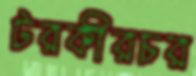
টরকীরচর